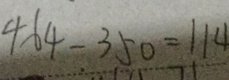
4 6 4 - 3 5 0 = 1 1 4